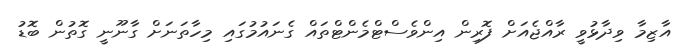
އާޒިމާ ވިދާޅުވީ ރާއްޖެއަށް ފޮރިން އިންވެސްޓްމެންޓްތައް ގެނައުމުގައި މިހާތަނަށް ގާނޫނީ ގޮތުން ބޮޑު